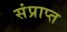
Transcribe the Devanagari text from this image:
संप्राप्त